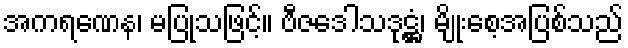
အကရဏေန၊ မပြုသဖြင့်။ ဗီဇဒေါသဒုဋ္ဌံ၊ မျိုးစေ့အပြစ်သည်